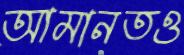
আমানতও